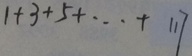
1 + 3 + 5 + \cdots + 1 1 7